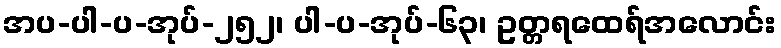
အပ-ပါ-ပ-အုပ်-၂၅၂၊ ပါ-ပ-အုပ်-၆၃၊ ဥတ္တရထေရ်အလောင်း